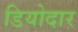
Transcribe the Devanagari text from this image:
डियोदार